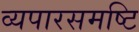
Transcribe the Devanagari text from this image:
व्यपारसमष्टि